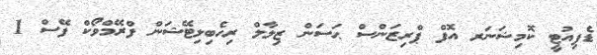
ޑެޕިއުޓީ ކޮމިޝަނަރ އޮފް ޕްރިޒަންސް ޙަސަން ޒިލާލް ރިހެބިލިޓޭޝަން ފްރޭމްވޯކް ފޭސް 1